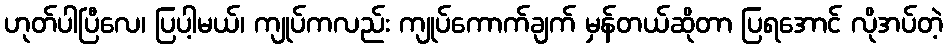
ဟုတ်ပါပြီလေ၊ ပြပါ့မယ်၊ ကျုပ်ကလည်း ကျုပ်ကောက်ချက် မှန်တယ်ဆိုတာ ပြရအောင် လိုအပ်တဲ့